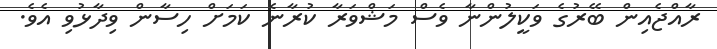
ރާއްޖެއިން ބޭރުގެ ވަކީލުންނާ ވެސް މަޝްވަރާ ކުރާނެ ކަމަށް ހިސާން ވިދާޅުވި އެވެ.